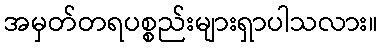
အမှတ်တရပစ္စည်းများရှာပါသလား။